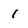
Character: 1